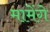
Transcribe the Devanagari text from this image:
मामेंगे